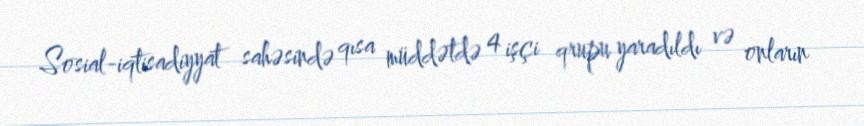
Sosial-iqtisadiyyat sahəsində qısa müddətdə 4 işçi qrupu yaradıldı və onların